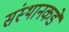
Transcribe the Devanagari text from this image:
संस्थानकडे